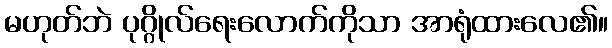
မဟုတ်ဘဲ ပုဂ္ဂိုလ်ရေးလောက်ကိုသာ အာရုံထားလေ၏။